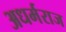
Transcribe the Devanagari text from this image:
अधर्मराज